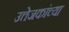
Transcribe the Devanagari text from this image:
उत्तेजकांच्या